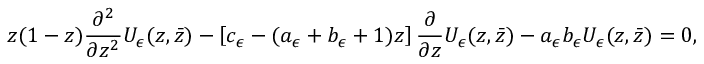
z ( 1 - z ) \frac { \partial ^ { 2 } } { \partial z ^ { 2 } } U _ { \epsilon } ( z , \bar { z } ) - \left[ c _ { \epsilon } - ( a _ { \epsilon } + b _ { \epsilon } + 1 ) z \right] \frac { \partial } { \partial z } U _ { \epsilon } ( z , \bar { z } ) - a _ { \epsilon } b _ { \epsilon } U _ { \epsilon } ( z , \bar { z } ) = 0 ,